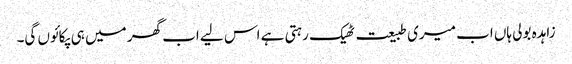
زاہدہ بولی ہاں اب میری طبیعت ٹھیک رہتی ہے اس لیے اب گھر میں ہی پکائوں گی۔